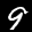
Label: 9